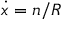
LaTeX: { \dot { x } } = n / R